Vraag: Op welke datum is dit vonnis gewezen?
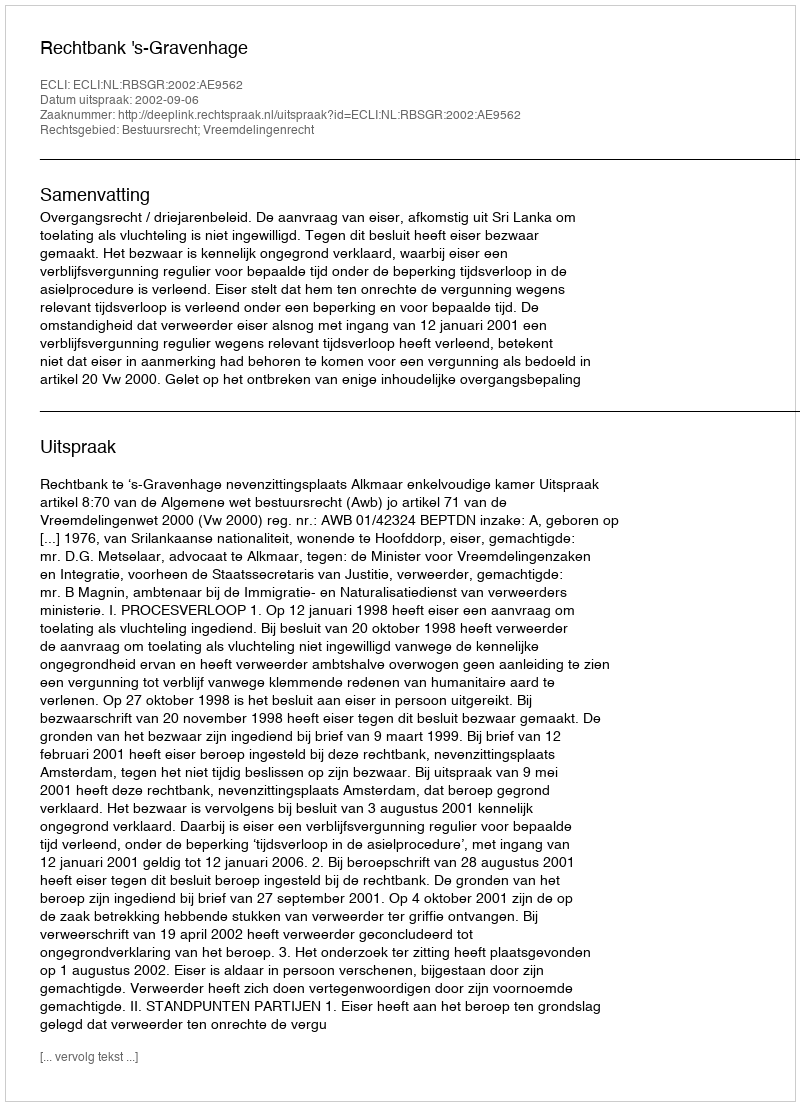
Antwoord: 2002-09-06